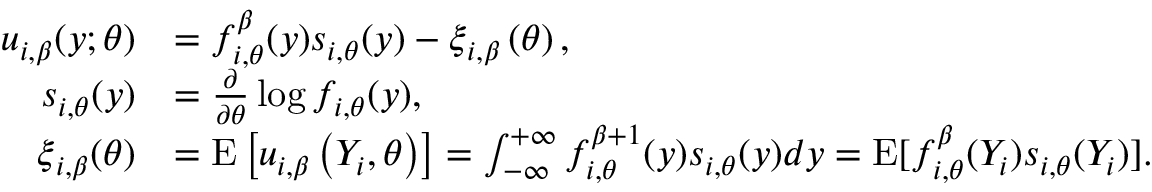
\begin{array} { r l } { \boldsymbol { u } _ { i , \beta } ( y ; \boldsymbol { \theta } ) } & { = f _ { i , \boldsymbol { \theta } } ^ { \beta } ( y ) \boldsymbol { s } _ { i , \boldsymbol { \theta } } ( y ) - \boldsymbol { \xi } _ { i , \beta } \left( \boldsymbol { \theta } \right) , } \\ { \boldsymbol { s } _ { i , \boldsymbol { \theta } } ( y ) } & { = \frac { \partial } { \partial \boldsymbol { \theta } } \log f _ { i , \boldsymbol { \theta } } ( y ) , } \\ { \boldsymbol { \xi } _ { i , \beta } ( \boldsymbol { \theta } ) } & { = \mathrm { E } \left[ \boldsymbol { u } _ { i , \beta } \left( Y _ { i } , \boldsymbol { \theta } \right) \right] = \int _ { \mathcal { - \infty } } ^ { + \infty } f _ { i , \boldsymbol { \theta } } ^ { \beta + 1 } ( y ) \boldsymbol { s } _ { i , \boldsymbol { \theta } } ( y ) d y = \mathrm { E } [ f _ { i , \boldsymbol { \theta } } ^ { \beta } ( Y _ { i } ) \boldsymbol { s } _ { i , \boldsymbol { \theta } } ( Y _ { i } ) ] . } \end{array}